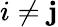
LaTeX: i\ne\mathbf{j}